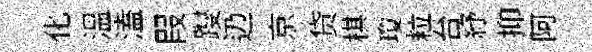
化溫溘叚躞辸京贷棋瓊粒台紓抑阿